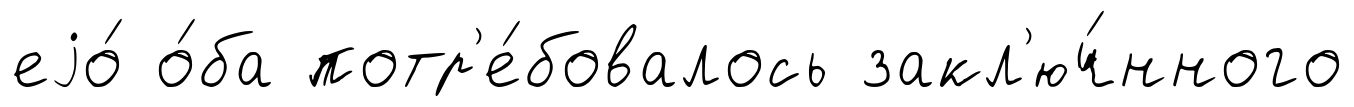
еjо́ о́ба потр'е́бовалось закл'юч́нного